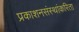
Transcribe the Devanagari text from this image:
प्रकाशनसंस्थांकरिता